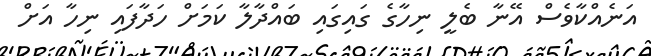
އަނެއްކާވެސް އޭނާ ބެލީ ނިހާގެ ގައިގައި ބައްދާލާ ކަމަށް ހަދާފައި ނިހާ އަށް